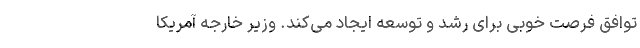
توافق فرصت خوبی برای رشد و توسعه ایجاد می‌کند. وزیر خارجه آمریکا